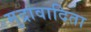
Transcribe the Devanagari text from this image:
मुद्रावादिता